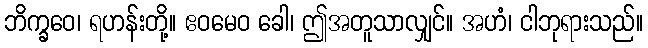
ဘိက္ခဝေ၊ ရဟန်းတို့။ ဧဝမေဝ ခေါ၊ ဤအတူသာလျှင်။ အဟံ၊ ငါဘုရားသည်။